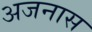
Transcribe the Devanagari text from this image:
अजनास